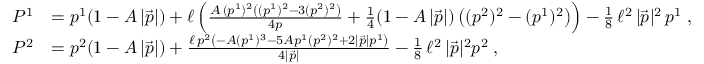
\begin{array} { r l } { P ^ { 1 } } & { = p ^ { 1 } ( 1 - A \, | \vec { p } | ) + \ell \left( \frac { A \, ( p ^ { 1 } ) ^ { 2 } \left( ( p ^ { 1 } ) ^ { 2 } - 3 ( p ^ { 2 } ) ^ { 2 } \right) } { 4 p } + \frac { 1 } { 4 } ( 1 - A \, | \vec { p } | ) \left( ( p ^ { 2 } ) ^ { 2 } - ( p ^ { 1 } ) ^ { 2 } \right) \right) - \frac { 1 } { 8 } \, \ell ^ { 2 } \, | \vec { p } | ^ { 2 } \, p ^ { 1 } \; , } \\ { P ^ { 2 } } & { = p ^ { 2 } ( 1 - A \, | \vec { p } | ) + \frac { \ell \, p ^ { 2 } \left( - A ( p ^ { 1 } ) ^ { 3 } - 5 A p ^ { 1 } ( p ^ { 2 } ) ^ { 2 } + 2 | \vec { p } | p ^ { 1 } \right) } { 4 | \vec { p } | } - \frac { 1 } { 8 } \, \ell ^ { 2 } \, | \vec { p } | ^ { 2 } p ^ { 2 } \; , } \end{array}